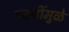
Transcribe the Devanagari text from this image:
पद्धतींमुळे